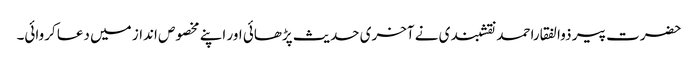
حضرت پیر ذوالفقاراحمد نقشبندی نے آخری حدیث پڑھائی اور اپنے مخصوص انداز میں دعا کروائی۔